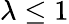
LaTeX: \lambda\leq 1